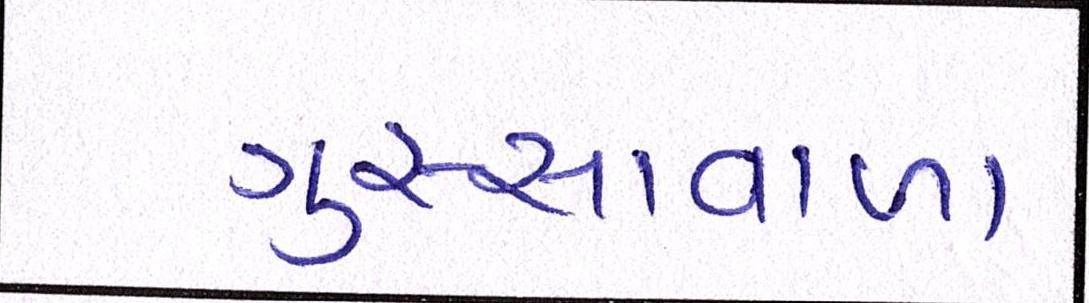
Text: ગુસ્સાવાળા